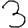
Digit: 3